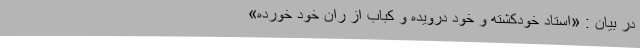
در بیان : «استادِ خود‌کِشته و خود دِرَویده و کباب از رانِ خود خورده»